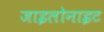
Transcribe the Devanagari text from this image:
जाइलोनाइट